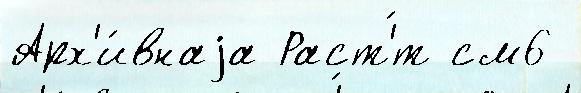
Арх'и́внаjа Раст'́т см6